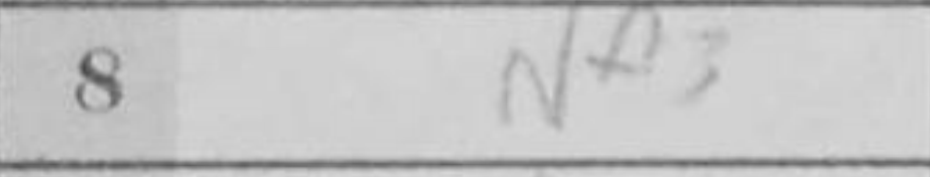
Transcription: Nf3